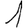
Digit: 1